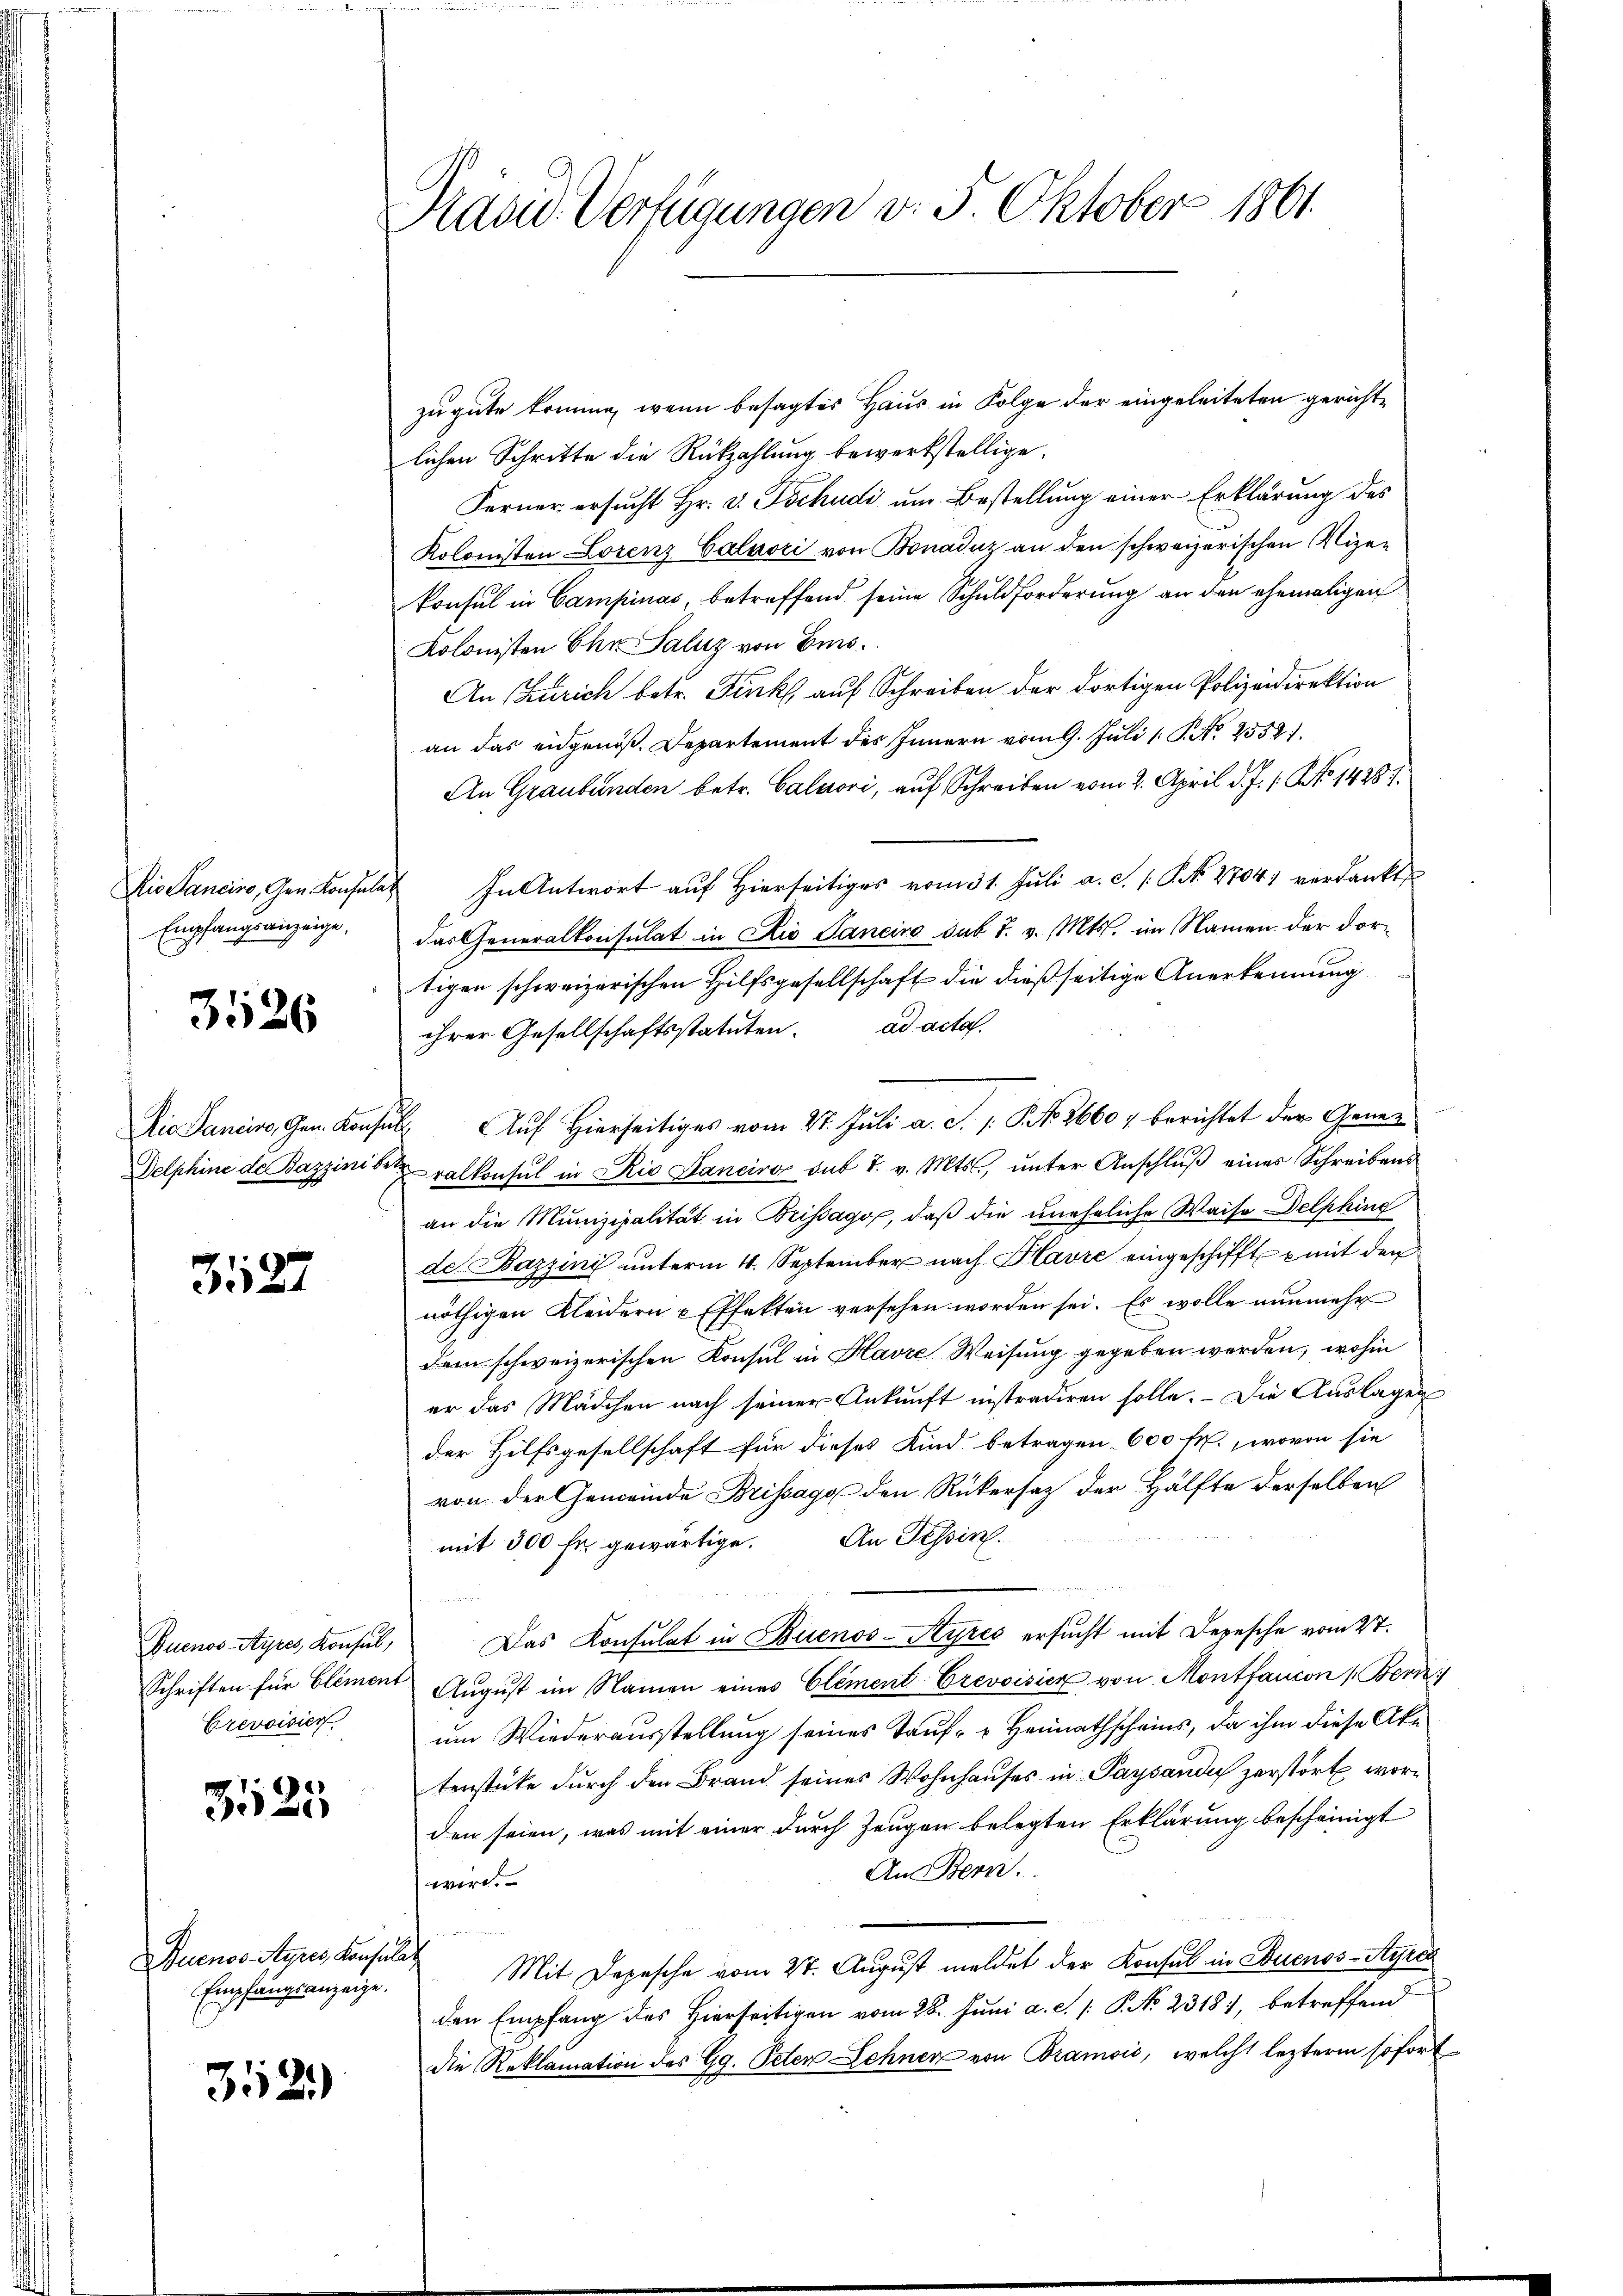
Dio Sancire, Gen. Konsul
Empfangsanzeige.

3526

Die Sancise, Gem. Kon
Delphine de Bazzinis

3127

Quenos-Ayres, Konsul,
Crevoisier

3525

Buenos Ayres, Konsulat
Empfangsanzeige,

3529

Prävid Verfügungen v. 5. Oktober 1801.

zu gute Errung, wenn besagtes Haus in Folge der eingeleiteten gerichtlichen Schritte die Rückzahlung bewerkstellige.
Ferner ersucht Hr. v. Tschudi um Bestellung einer Erklärung des
Kolonisten Lorenz Caluozi von Bonaduz an den schweizerischen Vizen
konsul in Campinas, betreffend seine Schuldforderung an den ehemaligen
Kolonisten Chr. Saluz von Enns.
An (Zürich betr. Fink auf Schreiben der dortigen Polizeidirektion
an das eidgenoß. Departement des Innern vom 9. Juli 1 S. Nr. 2552.
An Graubünden betr. Calaori, auf Schreiben vom 2. April d. J. /: No 14281.
 In Antwort auf Hierseitiges vom 31. Juli a. c. [S. 2704) verdankt
das Generalkonsulat in Rio Saneiro sub 7. v. Mts. im Namen der dortigen schweizerischen Hilfsgesellschaft die dießseitige Anerkennung
ihrer Gesellschaftsstatuten. ad acta.
hub. Auf Hierseitiges vom 27. Juli a. d. 1. P. No. 2660 & berichtet der Gener
beralkonsul in Rio Janeiro sub 7. v. Mts., unter Anschluß eines Schreibens
an die Munizipalität in Brissago, daß die uneheliche Waise Delphine
de. Bazzini unterm 4. September nach Havre eingeschifft u mit den
nöthigen Kleidern & Effekten versehen worden sei. Es wolle nunmehr
dem schweizerischen Konsul in Havre Weisung gegeben werden, wohin
er das Mädchen nach seiner Ankunft instradiren solle. Die Auslagen
der Hilfsgesellschaft für dieses Kind betragen 600 fr., wovon sie
von der Gemeinde Brissage den Rükersaz der Hälfte derselben
mit 300 fr. gewärtige. An Tessin.
Das Konsulat in Buenos-Ayres ersucht mit Depesche vom 27.
Schriften für Element Aŭgŭst im Namen eines Element Crevoisick von Montfancon Beri
um Wiederausstellung seines Tauf- u Heimathscheins, da ihm diese Aka
tenstücke durch den Brand seines Wohnhauses in Paysaudi zerstört worden seien, was mit einer durch Zeugen belegten Erklärung bescheinigt
An Bern.
wird.
Mit Depesche vom 27. August meldet der Konsul in Buenos-Ayres
den Empfang des Hierseitigen vom 28. Juni a. c. 1 P. No 2318), betreffend
die Reklamation des Gg. Peter Lehnen von Bramois, welche leztere sofort